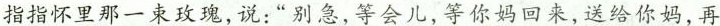
指指怀里那一束玫瑰,说:“别急,等会儿,等你妈回来,送给你妈,再